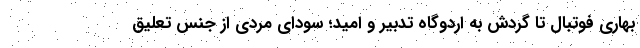
بهاری فوتبال تا گردش به اردوگاه تدبیر و امید؛ سودای مردی از جنس تعلیق